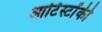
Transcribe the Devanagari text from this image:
आर्टिस्टोंकी